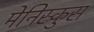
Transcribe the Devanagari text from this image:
मेनिस्कुस